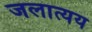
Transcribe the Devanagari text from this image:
जलात्यय